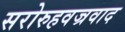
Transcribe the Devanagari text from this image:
सरोरुहवज्रवाद